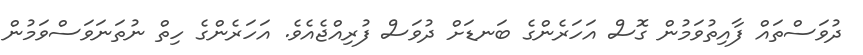
ދުވަސްތައް ފާއިތުވަމުން ގޮސް އަހަރެންގެ ބަނޑަށް ދުވަސް ފުރިއްޖެއެވެ. އަހަރެންގެ ހިތް ނުތަނަވަސްވަމުން